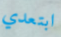
ابتعدي